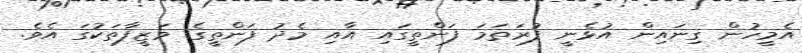
އެމީހުން ގިނައިން އުޅެނީ ފުރަތަމަ ފަންތީގައި އާއި މެދު ފަންތީގެ ވަޒީފާތަކުގަ އެވެ.